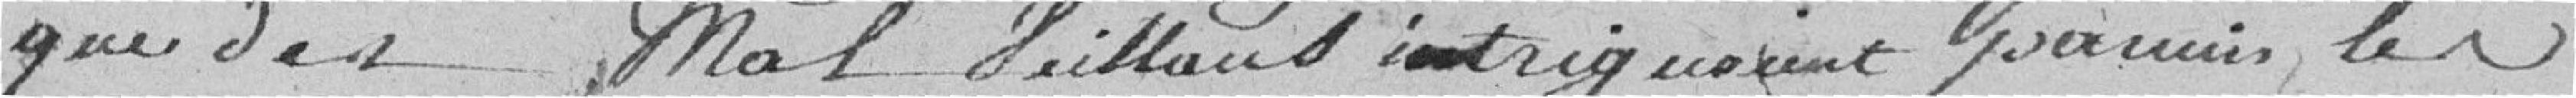
que des malveillants intriguaient parmi les